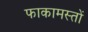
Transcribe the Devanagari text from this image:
फाकामस्तों